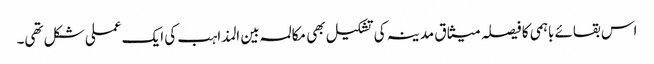
اس بقائے باہمی کا فیصلہ میثاق مدینہ کی تشکیل بھی مکالمہ بین المذاہب کی ایک عملی شکل تھی۔